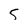
Character: 5